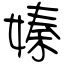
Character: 嫀